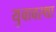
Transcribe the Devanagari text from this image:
युवावस्‍था